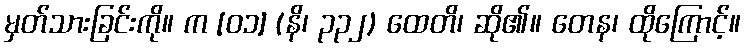
မှတ်သားခြင်းကို။ က [၀၁] (နိ၊ ၃၃၂) ထေတိ၊ ဆို၏။ တေန၊ ထိုကြောင့်။